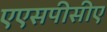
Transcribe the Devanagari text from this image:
एएसपीसीए